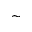
\sim